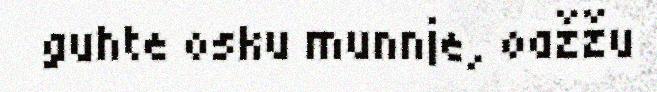
guhte osku munnje, oažžu